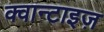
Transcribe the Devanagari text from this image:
क्वान्टाइज़